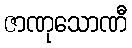
ဇာဏုသောဏီ